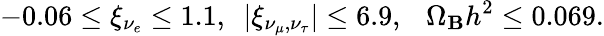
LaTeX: -0.06\leq\xi_{\nu_{e}}\leq1.1,~~|\xi_{{\nu_{\mu}},{\nu_{\tau}}}|\leq6.9,~~~\Omega_{\mathbf{B}}h^{2}\leq0.069.